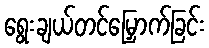
ရွေးချယ်တင်မြှောက်ခြင်း